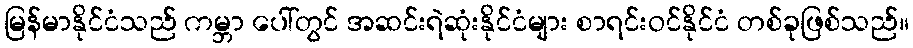
မြန်မာနိုင်ငံသည် ကမ္ဘာ ပေါ်တွင် အဆင်းရဲဆုံးနိုင်ငံများ စာရင်းဝင်နိုင်ငံ တစ်ခုဖြစ်သည်။